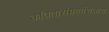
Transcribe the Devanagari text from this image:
कवितासंग्रहांशिवाय